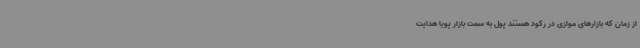
از زمان که بازارهای موازی در رکود هستند پول به سمت بازار پویا هدایت